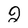
Character: 2